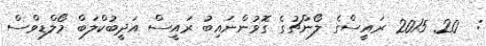
:  20